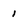
Character: i